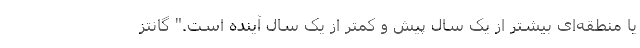
یا منطقه‌ای بیشتر از یک سال پیش و کمتر از یک سال آینده است." گانتز